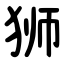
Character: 狮